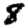
Digit: 8